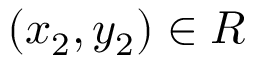
( x _ { 2 } , y _ { 2 } ) \in R